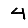
Digit: 4